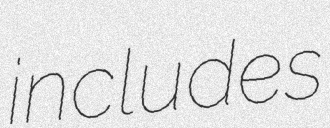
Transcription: includes